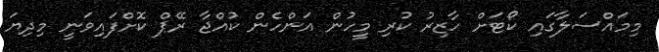
މިމައްސަލާގައި ކޯޓަށް ހާޒިރު ކުރި މީހުން އަންހެން ކުއްޖާ ރޭޕް ކޮށްފައިވަނީ މިދިޔަ